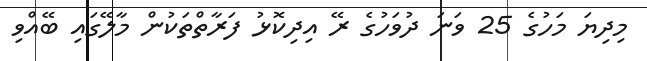
މިދިޔަ މަހުގެ 25 ވަނަ ދުވަހުގެ ރޭ އިދިކޮޅު ފަރާތްތަކުން މާލޭގައި ބޭއްވި